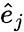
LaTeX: \hat{e}_{j}